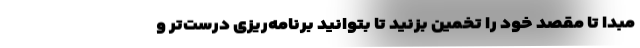
مبدا تا مقصد خود را تخمین بزنید تا بتوانید برنامه‌ریزی درست‌تر و